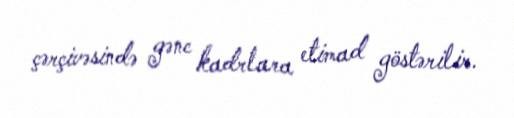
çərçivəsində gənc kadrlara etimad göstərilir.